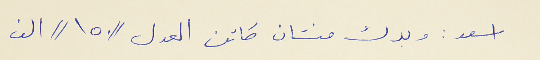
اسعد : وبدك منشان كاتن العدل // ١٥٠ // الف